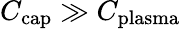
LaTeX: C_{\mathrm{cap}}\gg C_{\mathrm{plasma}}